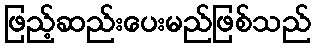
ဖြည့်ဆည်းပေးမည်ဖြစ်သည်